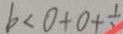
b < 0 + 0 + \frac { 1 } { 2 }